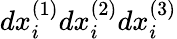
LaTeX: dx_{i}^{(1)}dx_{i}^{(2)}dx_{i}^{(3)}